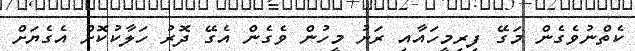
ކެތްނުވެގެން މަގޭ ފިރިމީހައާއި ރަށު މީހުން ވެގެން އެގޭ ދޮރު ހަލާކުކޮށް އެގެޔަށް